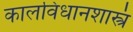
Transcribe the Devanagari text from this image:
कालविधानशास्त्रं